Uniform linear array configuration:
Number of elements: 12
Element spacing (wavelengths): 0.75
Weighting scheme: hann
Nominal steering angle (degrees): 60
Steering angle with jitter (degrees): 61.73
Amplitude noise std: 0.05
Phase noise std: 0.05

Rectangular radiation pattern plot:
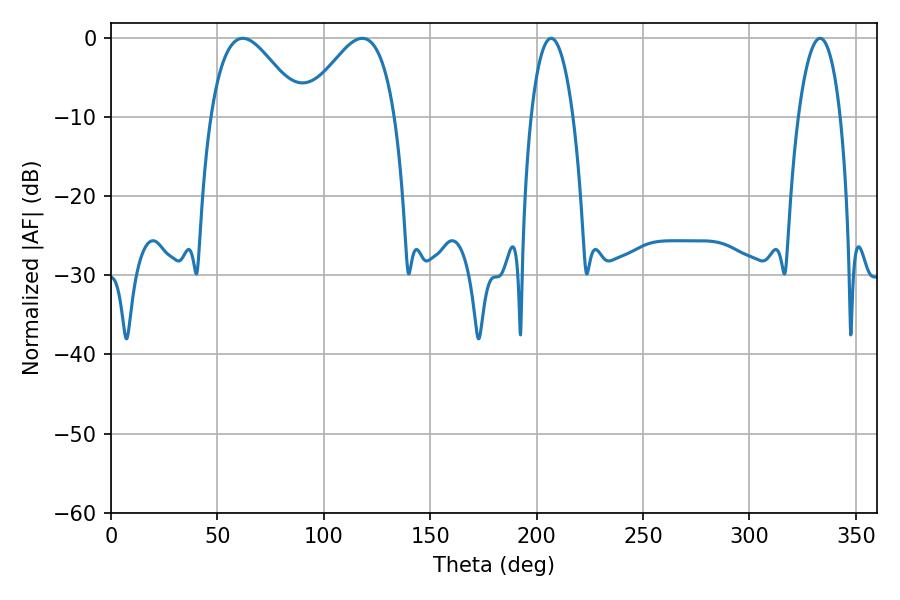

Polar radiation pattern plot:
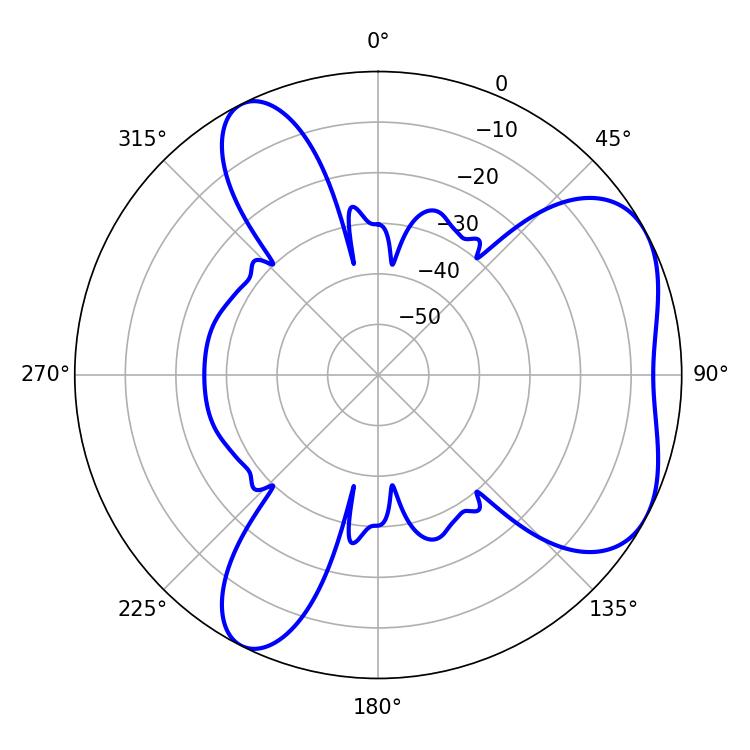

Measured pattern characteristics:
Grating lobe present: TRUE
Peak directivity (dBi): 5.194
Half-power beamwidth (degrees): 23.04
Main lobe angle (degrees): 61.92